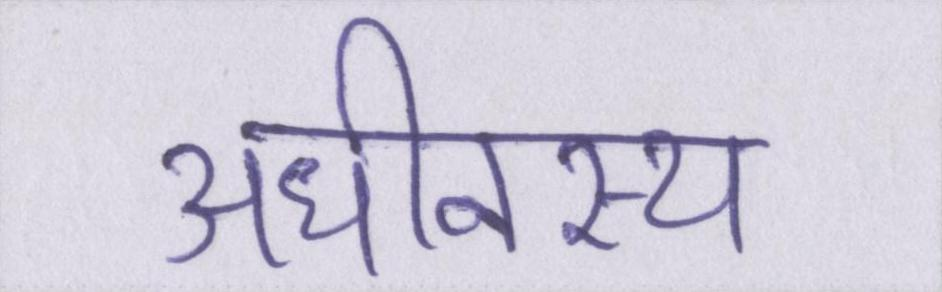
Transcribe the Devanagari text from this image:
अधीनस्थ